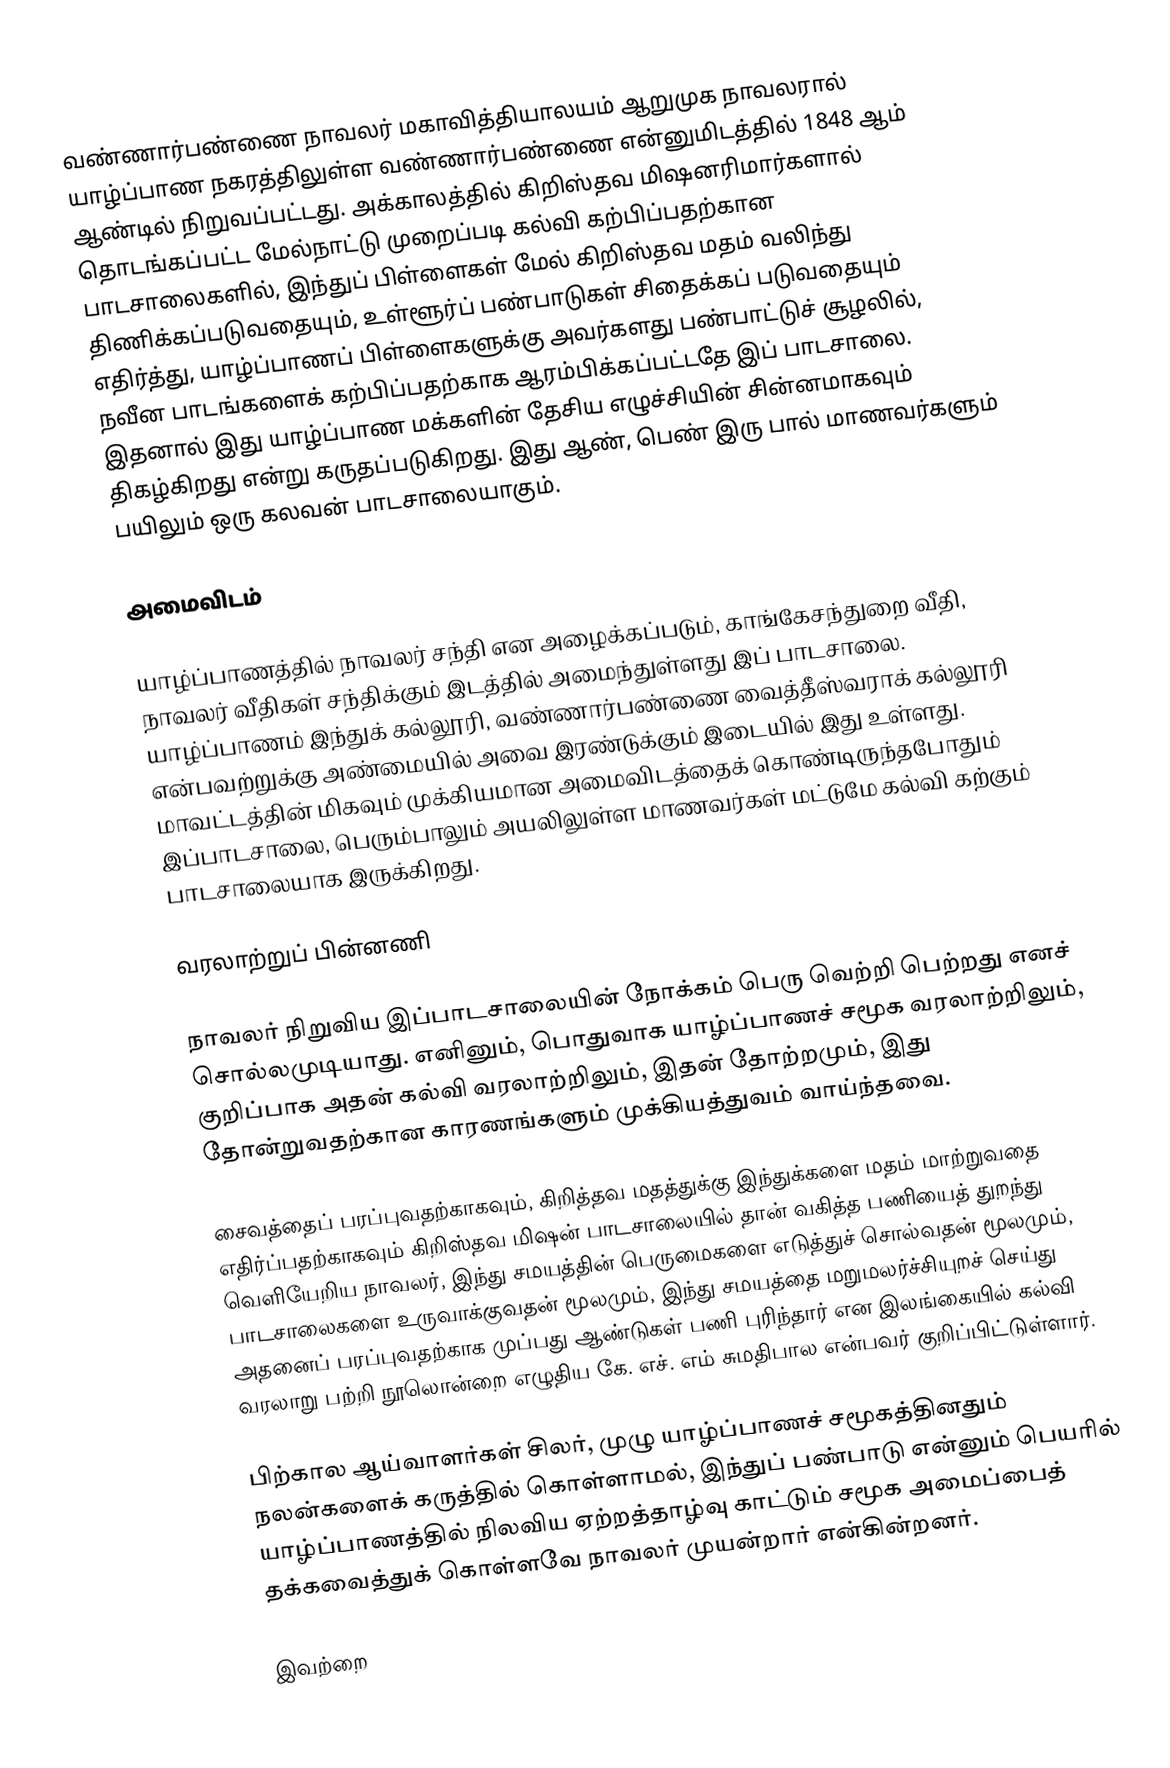
வண்ணார்பண்ணை நாவலர் மகாவித்தியாலயம் ஆறுமுக நாவலரால் யாழ்ப்பாண நகரத்திலுள்ள வண்ணார்பண்ணை என்னுமிடத்தில் 1848 ஆம் ஆண்டில் நிறுவப்பட்டது. அக்காலத்தில் கிறிஸ்தவ மிஷனரிமார்களால் தொடங்கப்பட்ட மேல்நாட்டு முறைப்படி கல்வி கற்பிப்பதற்கான பாடசாலைகளில், இந்துப் பிள்ளைகள் மேல் கிறிஸ்தவ மதம் வலிந்து திணிக்கப்படுவதையும், உள்ளூர்ப் பண்பாடுகள் சிதைக்கப் படுவதையும் எதிர்த்து, யாழ்ப்பாணப் பிள்ளைகளுக்கு அவர்களது பண்பாட்டுச் சூழலில், நவீன பாடங்களைக் கற்பிப்பதற்காக ஆரம்பிக்கப்பட்டதே இப் பாடசாலை. இதனால் இது யாழ்ப்பாண மக்களின் தேசிய எழுச்சியின் சின்னமாகவும் திகழ்கிறது என்று கருதப்படுகிறது. இது ஆண், பெண் இரு பால் மாணவர்களும் பயிலும் ஒரு கலவன் பாடசாலையாகும்.

அமைவிடம்

யாழ்ப்பாணத்தில் நாவலர் சந்தி என அழைக்கப்படும், காங்கேசந்துறை வீதி, நாவலர் வீதிகள் சந்திக்கும் இடத்தில் அமைந்துள்ளது இப் பாடசாலை. யாழ்ப்பாணம் இந்துக் கல்லூரி, வண்ணார்பண்ணை வைத்தீஸ்வராக் கல்லூரி என்பவற்றுக்கு அண்மையில் அவை இரண்டுக்கும் இடையில் இது உள்ளது. மாவட்டத்தின் மிகவும் முக்கியமான அமைவிடத்தைக் கொண்டிருந்தபோதும் இப்பாடசாலை, பெரும்பாலும் அயலிலுள்ள மாணவர்கள் மட்டுமே கல்வி கற்கும் பாடசாலையாக இருக்கிறது.

வரலாற்றுப் பின்னணி

நாவலர் நிறுவிய இப்பாடசாலையின் நோக்கம் பெரு வெற்றி பெற்றது எனச் சொல்லமுடியாது. எனினும், பொதுவாக யாழ்ப்பாணச் சமூக வரலாற்றிலும், குறிப்பாக அதன் கல்வி வரலாற்றிலும், இதன் தோற்றமும், இது தோன்றுவதற்கான காரணங்களும் முக்கியத்துவம் வாய்ந்தவை.

சைவத்தைப் பரப்புவதற்காகவும், கிறித்தவ மதத்துக்கு இந்துக்களை மதம் மாற்றுவதை எதிர்ப்பதற்காகவும் கிறிஸ்தவ மிஷன் பாடசாலையில் தான் வகித்த பணியைத் துறந்து வெளியேறிய நாவலர், இந்து சமயத்தின் பெருமைகளை எடுத்துச் சொல்வதன் மூலமும், பாடசாலைகளை உருவாக்குவதன் மூலமும், இந்து சமயத்தை மறுமலர்ச்சியுறச் செய்து அதனைப் பரப்புவதற்காக முப்பது ஆண்டுகள் பணி புரிந்தார் என இலங்கையில் கல்வி வரலாறு பற்றி நூலொன்றை எழுதிய கே. எச். எம் சுமதிபால என்பவர் குறிப்பிட்டுள்ளார்.

பிற்கால ஆய்வாளர்கள் சிலர், முழு யாழ்ப்பாணச் சமூகத்தினதும் நலன்களைக் கருத்தில் கொள்ளாமல், இந்துப் பண்பாடு என்னும் பெயரில் யாழ்ப்பாணத்தில் நிலவிய ஏற்றத்தாழ்வு காட்டும் சமூக அமைப்பைத் தக்கவைத்துக் கொள்ளவே நாவலர் முயன்றார் என்கின்றனர்.

இவற்றை